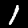
Label: 1